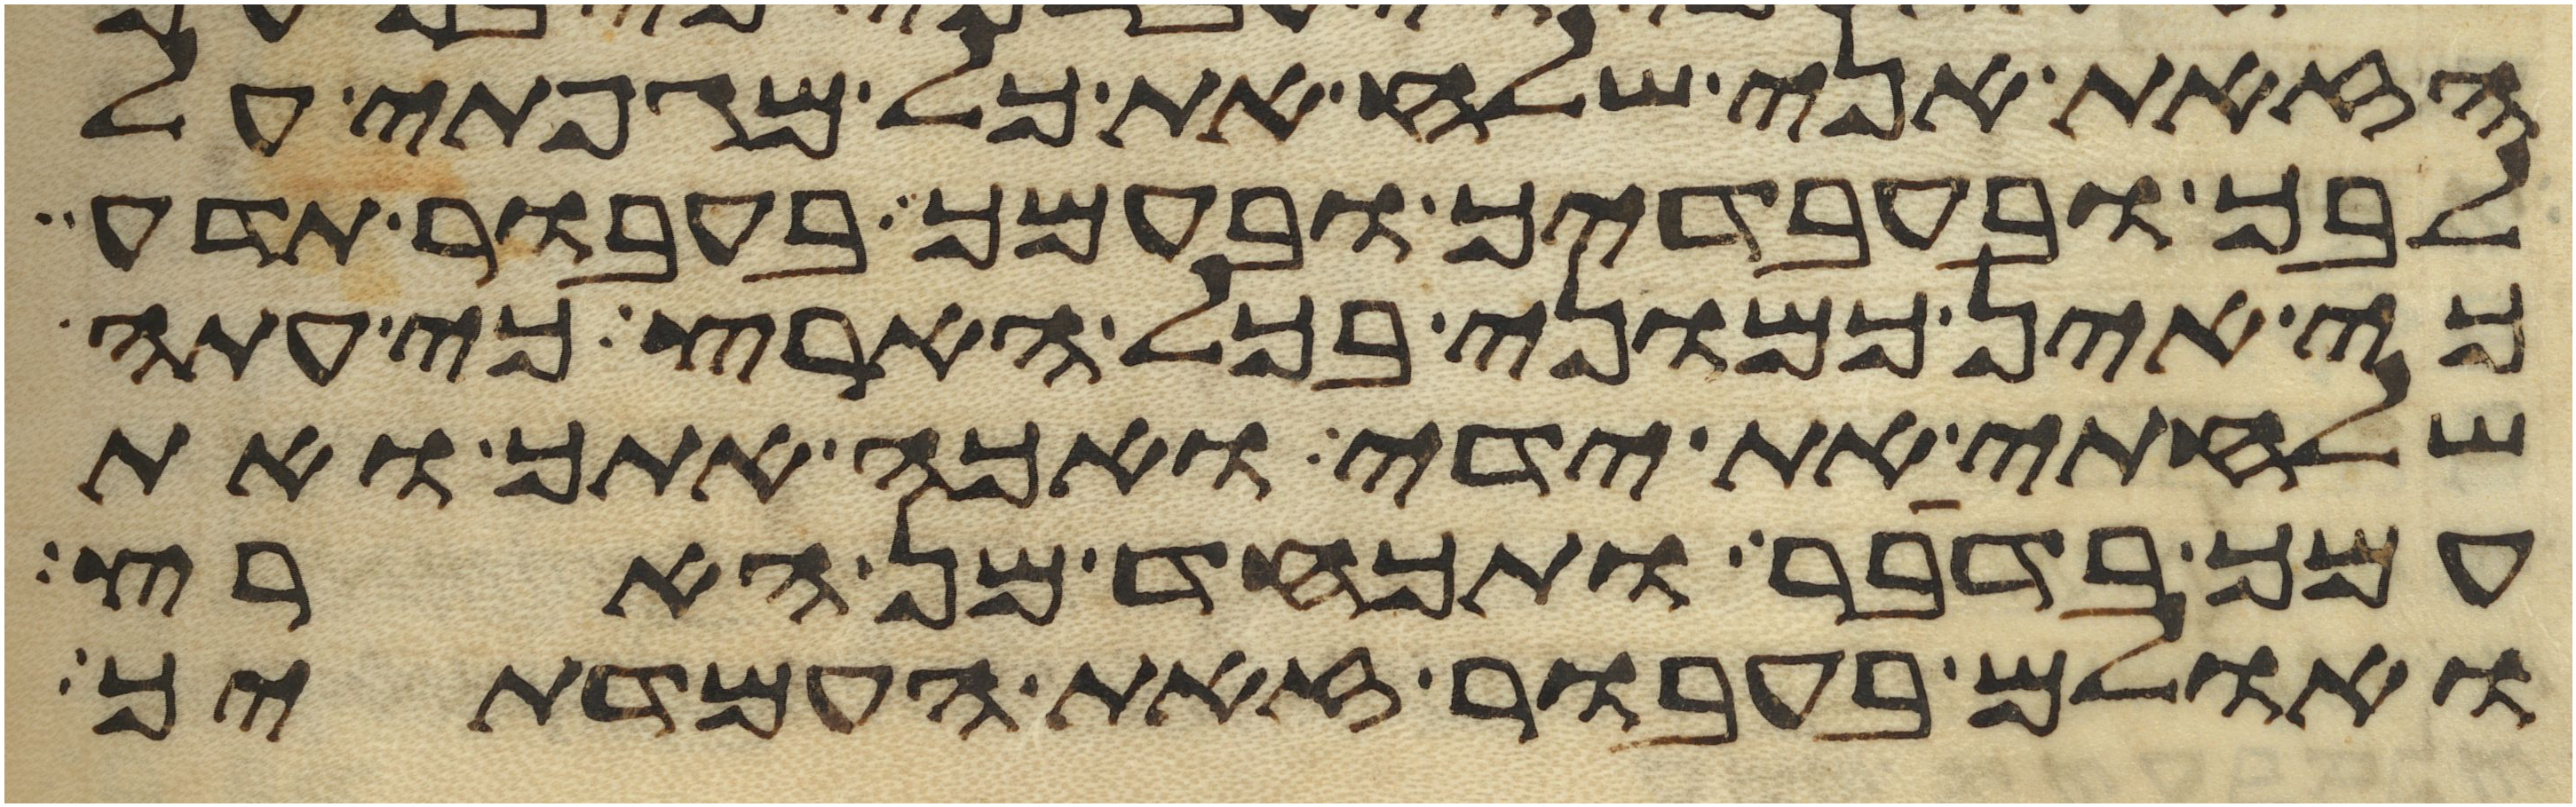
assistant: הזאת אני שלח את כל מגפתי על
לבך ובעבדיך ובעמך בעבור תדע
כי אין כמוני בכל הארץ כי עתה
שלחתי את ידי ואכה אתך ואת
עמך בדבר ותכחד מן הארץ
ואולם בעבור זאת העמדתיך